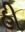
હી